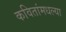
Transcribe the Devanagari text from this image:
कवितांमधल्या